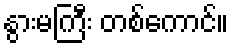
နွားမကြီး တစ်ကောင်။